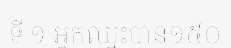
ទី ១ អ្នកឈ្នះបាន១៥០